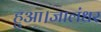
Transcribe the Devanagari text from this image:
हुआ।जालंधर